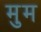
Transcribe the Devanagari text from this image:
मुम